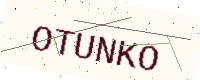
Text: OTUNKO